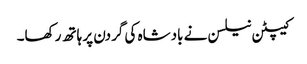
کیپٹن نیلسن نے بادشاہ کی گردن پر ہاتھ رکھا۔